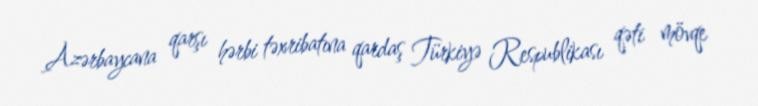
Azərbaycana qarşı hərbi təxribatına qardaş Türkiyə Respublikası qəti mövqe